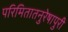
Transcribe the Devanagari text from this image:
परिमितातनुरेषापुरी